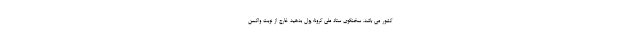
کشور می باشد. سخنگوی ستاد ملی کرونا: پول بدهید خارج از نوبت واکسن